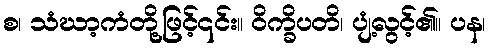
စ၊ သံဃာ့ကံတို့ဖြင့်၎င်း။ ဝိက္ခိပတိ၊ ပျံ့လွင့်၏။ ပန၊